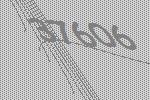
37606